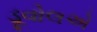
ડૂવોલએ